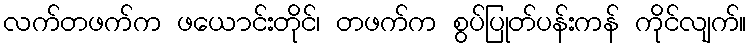
လက်တဖက်က ဖယောင်းတိုင်၊ တဖက်က စွပ်ပြုတ်ပန်းကန် ကိုင်လျက်။